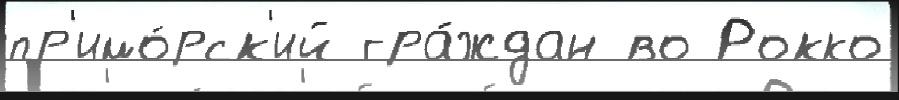
пр'имо́рск'ий гра́ждан во Рокко